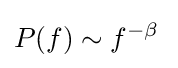
P(f)\sim f^{-\beta }\!\